Indian journal of veterinary science and animal husbandry - Volume 10,
Year: 1940
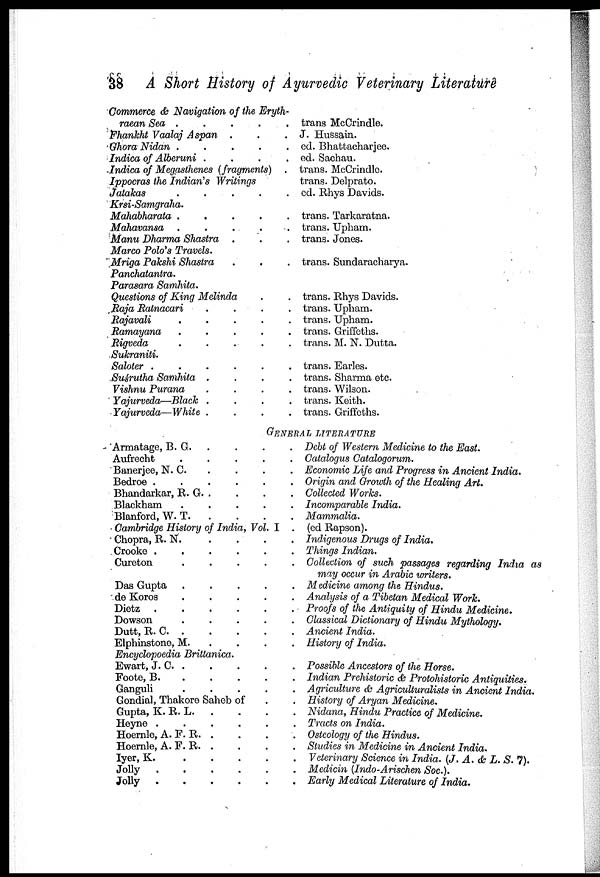
38 A Short History of Ayurvedic Veterinary Literature
Commerce & Navigation of the Eryth
raean Sea .
.
.
.
.
Fhankht Vaalaj Aspan
. . .
Ghora Nidan
.
.
.
.
.
Indica of Alberuni .
.
.
.
Indica of Megasthenes (fragments)
.
Ippocras the Indian's Writings
Jatakas
.
.
.
.
.
Krsi-Samgraha.
Mahabharata .
.
.
.
.
Mahavansa
.
.
.
.
.
Manu Dharma Shastra
.
Marco Polo's Travels.
Mriga Pakshi Shastra . . .
Panchatantra.
Parasara Samhita.
Questions of King Melinda . .
Raja Ratnacari .
.
.
.
Rajavali
.
.
.
.
.
Ramayana
.
.
.
.
.
Rigveda . . . . .
Sukraniti.
Saloter
.
.
.
.
.
.
Suśrutha Samhita .
.
.
.
Vishnu Purana
.
.
.
.
Yajurveda—Black .
.
.
.
Yajurveda—White .
.
.
.
trans McCrindle.
J. Hussain.
ed. Bhattacharjee.
ed. Sachau.
trans. McCrindle.
trans. Delprato.
ed. Rhys Davids.
trans. Tarkaratna.
trans. Upham.
trans. Jones.
trans. Sundaracharya.
trans. Rhys Davids.
trans. Upham.
trans. Upham.
trans. Griffeths.
trans. M. N. Dutta.
trans. Earles.
trans. Sharma etc.
trans. Wilson.
trans. Keith.
trans. Griffeths.
GENERAL LITERATURE
Armatage, B. G. . . . .
Aufrecht
.
.
.
.
.
Banerjee, N. C. . . . . .
Bedroe .
.
.
.
.
.
Bhandarkar, R. G . . . .
Blackham
.
.
.
.
.
Blanford,W. T . . . .
Cambridge History of India, Vol. I .
Chopra, R. N. . . . .
Crooke .
.
.
.
.
.
Cureton . . . . .
Das Gupta
.
.
.
.
.
de Koros
.
.
.
.
.
Dietz . . . . .
Dowson . . . .
Dutt, R. C. . . . . .
Elphinstone, M. . . . .
Encyclopoedia Brittanica.
Ewart, J. C. . . . . .
Foote, B . . . . .
Ganguli
.
.
.
.
.
Gondial, Thakore Saheb of . .
Gupta, K. R.
L.
.
.
.
.
Heyne . . . . . .
Hoernle, A. F. R. .
.
.
.
Hoernle, A. F. R. . . . . .
Iyer, K.
.
.
.
.
.
Jolly
.
.
.
.
.
.
.
Jolly . . . . . .
Debt of Western Medicine to the East
Catalogus Catalogorum.
Economic Life and Progress in Ancient India.
Origin and Growth of the Healing Art.
Collected Works.
Incomparable India.
Mammalia.
(ed Rapson).
Indigenous Drugs of India.
Things Indian.
Collection of such passages regarding India as
may occur in Arabic writers.
Medicine among the, Hindus.
Analysis of a Tibetan Medical Work.
Proofs of the Antiquity of Hindu Medicine.
Classical Dictionary of Hindu Mythology.
Ancient India.
History of India.
Possible Ancestors of the Horse.
Indian Prehistoric & Protohistoric Antiquities.
Agriculture & Agriculturalists in Ancient India.
History of Aryan Medicine.
Nidana, Hindu Practice of Medicine.
Tracts on India.
Osteology of the Hindus.
Studies in Medicine in Ancient India.
Veterinary Science in India. (J. A. & L. S. 7).
Medicin (Indo-Arischen Soc.).
Early Medical Literature of India.